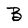
Character: B